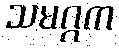
သမဂ္ဂက